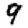
Digit: 9